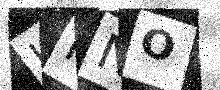
Text: LNNO